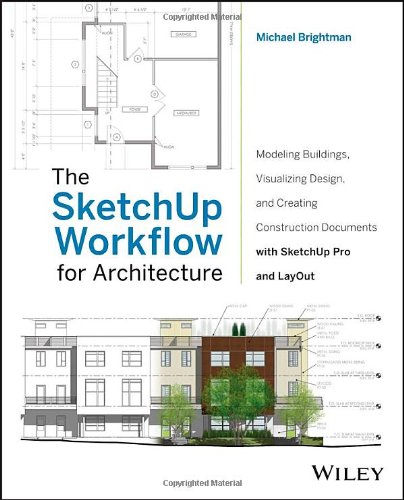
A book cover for The SketchUp Workflow for Architecture: Modeling Buildings, Visualizing Design, and Creating Construction Documents with SketchUp Pro and LayOut; Michael Brightman; Arts & Photography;